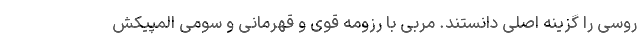
روسی را گزینه اصلی دانستند. مربی با رزومه قوی و قهرمانی و سومی المپیکش